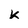
Character: K